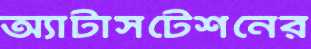
অ্যাটাসটেশনের